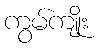
ကွမ်ကျိုး